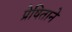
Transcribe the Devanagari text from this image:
प्रेषिताने